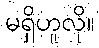
မရှိဟူလို။